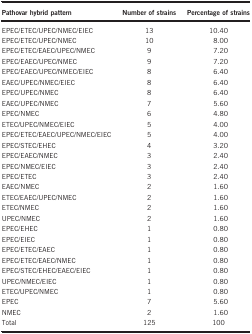
<table><thead><tr><td><b>Pathovar hybrid pattern</b></td><td><b>Number of strains</b></td><td><b>Percentage of strains</b></td></tr></thead><tbody><tr><td>EPEC/ETEC/UPEC/NMEC/EIEC</td><td>13</td><td>10.40</td></tr><tr><td>EPEC/ETEC/UPEC/NMEC</td><td>10</td><td>8.00</td></tr><tr><td>EPEC/ETEC/EAEC/UPEC/NMEC</td><td>9</td><td>7.20</td></tr><tr><td>EPEC/EAEC/UPEC/NMEC</td><td>9</td><td>7.20</td></tr><tr><td>EPEC/EAEC/UPEC/NMEC/EIEC</td><td>8</td><td>6.40</td></tr><tr><td>EAEC/UPEC/NMEC/EIEC</td><td>8</td><td>6.40</td></tr><tr><td>EPEC/UPEC/NMEC</td><td>8</td><td>6.40</td></tr><tr><td>EAEC/UPEC/NMEC</td><td>7</td><td>5.60</td></tr><tr><td>EPEC/NMEC</td><td>6</td><td>4.80</td></tr><tr><td>ETEC/UPEC/NMEC/EIEC</td><td>5</td><td>4.00</td></tr><tr><td>EPEC/ETEC/EAEC/UPEC/NMEC/EIEC</td><td>5</td><td>4.00</td></tr><tr><td>EPEC/STEC/EHEC</td><td>4</td><td>3.20</td></tr><tr><td>EPEC/EAEC/NMEC</td><td>3</td><td>2.40</td></tr><tr><td>EPEC/NMEC/EIEC</td><td>3</td><td>2.40</td></tr><tr><td>EPEC/ETEC</td><td>3</td><td>2.40</td></tr><tr><td>EAEC/NMEC</td><td>2</td><td>1.60</td></tr><tr><td>ETEC/EAEC/UPEC/NMEC</td><td>2</td><td>1.60</td></tr><tr><td>ETEC/NMEC</td><td>2</td><td>1.60</td></tr><tr><td>UPEC/NMEC</td><td>2</td><td>1.60</td></tr><tr><td>EPEC/EHEC</td><td>1</td><td>0.80</td></tr><tr><td>EPEC/EIEC</td><td>1</td><td>0.80</td></tr><tr><td>EPEC/ETEC/EAEC</td><td>1</td><td>0.80</td></tr><tr><td>EPEC/ETEC/EAEC/NMEC</td><td>1</td><td>0.80</td></tr><tr><td>EPEC/STEC/EHEC/EAEC/EIEC</td><td>1</td><td>0.80</td></tr><tr><td>UPEC/NMEC/EIEC</td><td>1</td><td>0.80</td></tr><tr><td>ETEC/UPEC/NMEC</td><td>1</td><td>0.80</td></tr><tr><td>EPEC</td><td>7</td><td>5.60</td></tr><tr><td>NMEC</td><td>2</td><td>1.60</td></tr><tr><td>Total</td><td>125</td><td>100</td></tr></tbody></table>